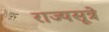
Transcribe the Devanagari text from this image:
राज्यसूत्रे